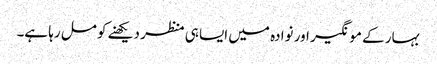
بہار کے مونگیر اور نوادہ میں ایسا ہی منظر دیکھنے کو مل رہا ہے۔